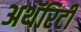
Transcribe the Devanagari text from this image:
अथॅरिटी